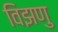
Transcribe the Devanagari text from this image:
विझणु